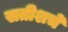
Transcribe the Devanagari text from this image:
सतीशचे